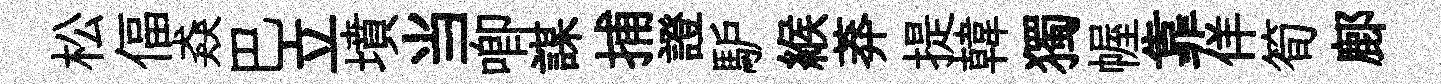
松偪猋巴立墳当唧謀捕證馿緱莽提韓獨幄靠佯筍鄜